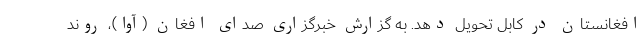
افغانستان در کابل تحویل دهد. به گزارش خبرگزاری صدای افغان (آوا)، روند